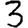
Digit: 3